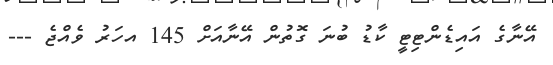
އޭނާގެ އައިޑެންޓިޓީ ކާޑު ބުނަ ގޮތުން އޭނާއަށް 145 އހަރު ވެއްޖެ ---